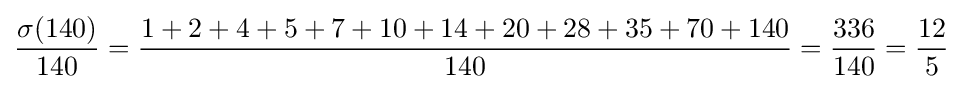
{\dfrac {\sigma (140)}{140}}={\dfrac {1+2+4+5+7+10+14+20+28+35+70+140}{140}}={\dfrac {336}{140}}={\dfrac {12}{5}}